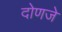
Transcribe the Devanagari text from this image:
दोणजे